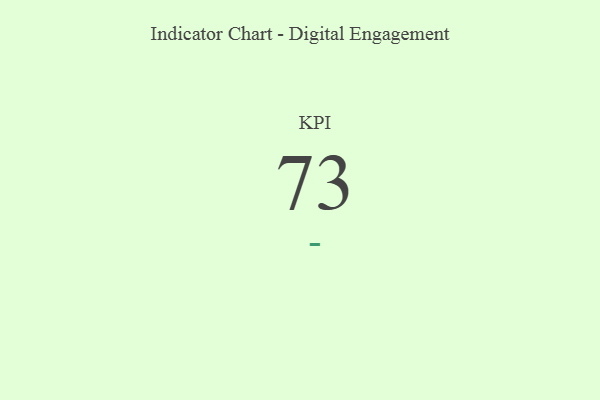
{"axis": {"x": "KPI", "y": "Value"}, "legend": [""], "data": [{"x": "KPI", "y": 73, "type": ""}]}